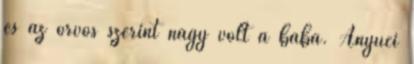
és az orvos szerint nagy volt a baba. Anyuci